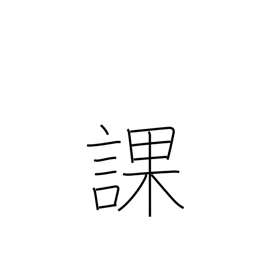
Meaning: division